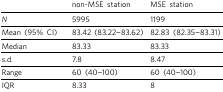
<table><thead><tr><td></td><td><b>non-MSE station</b></td><td><b>MSE station</b></td></tr></thead><tbody><tr><td><i>N</i></td><td>5995</td><td>1199</td></tr><tr><td>Mean (95% CI)</td><td>83.42 (83.22-83.62)</td><td>82.83 (82.35-83.31)</td></tr><tr><td>Median</td><td>83.33</td><td>83.33</td></tr><tr><td>s.d.</td><td>7.8</td><td>8.47</td></tr><tr><td>Range</td><td>60 (40-100)</td><td>60 (40-100)</td></tr><tr><td>IQR</td><td>8.33</td><td>8</td></tr></tbody></table>